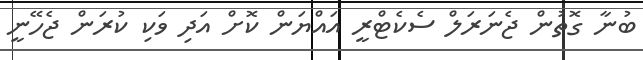
ބުނާ ގޮތުން ޖެނަރަލް ސެކެޓްރީ އައްޔަން ކޮށް އަދި ވަކި ކުރަން ޖެހޭނީ